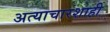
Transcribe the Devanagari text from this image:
अत्याचारशाही